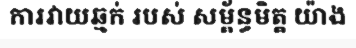
ការវាយឆ្មក់ របស់ សម្ព័ន្ធមិត្ត យ៉ាង